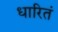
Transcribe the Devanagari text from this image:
धारितं